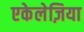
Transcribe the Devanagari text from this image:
एकेलेज़िया